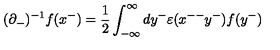
( { \partial } _ { - } ) ^ { - 1 } f ( x ^ { - } ) = \frac { 1 } { 2 } \int _ { - { \infty } } ^ { \infty } d y ^ { - } { \varepsilon } ( x ^ { -- } y ^ { - } ) f ( y ^ { - } )